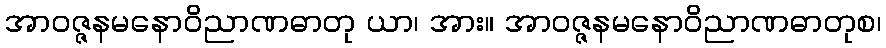
အာဝဇ္ဇနမနောဝိညာဏဓာတု ယာ၊ အား။ အာဝဇ္ဇနမနောဝိညာဏဓာတုစ၊